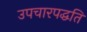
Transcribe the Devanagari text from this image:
उपचारपद्धति